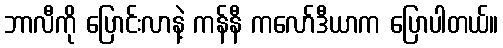
ဘာလီကို ပြောင်းလာနဲ့ ကန်နီ ကလော်ဒီယာက ပြောပါတယ်။